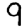
Digit: 9